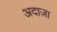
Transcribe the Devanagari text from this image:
अदाज़ा